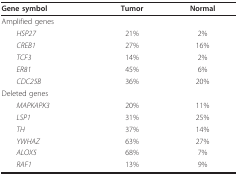
<table><thead><tr><td><b>Gene symbol</b></td><td><b>Tumor</b></td><td><b>Normal</b></td></tr></thead><tbody><tr><td>Amplified genes</td><td></td><td></td></tr><tr><td> <i>HSP27</i></td><td>21%</td><td>2%</td></tr><tr><td> <i>CREB1</i></td><td>27%</td><td>16%</td></tr><tr><td> <i>TCF3</i></td><td>14%</td><td>2%</td></tr><tr><td> <i>ER81</i></td><td>45%</td><td>6%</td></tr><tr><td> <i>CDC25B</i></td><td>36%</td><td>20%</td></tr><tr><td>Deleted genes</td><td></td><td></td></tr><tr><td> <i>MAPKAPK3</i></td><td>20%</td><td>11%</td></tr><tr><td> <i>LSP1</i></td><td>31%</td><td>25%</td></tr><tr><td> <i>TH</i></td><td>37%</td><td>14%</td></tr><tr><td> <i>YWHAZ</i></td><td>63%</td><td>27%</td></tr><tr><td> <i>ALOX5</i></td><td>68%</td><td>7%</td></tr><tr><td> <i>RAF1</i></td><td>13%</td><td>9%</td></tr></tbody></table>